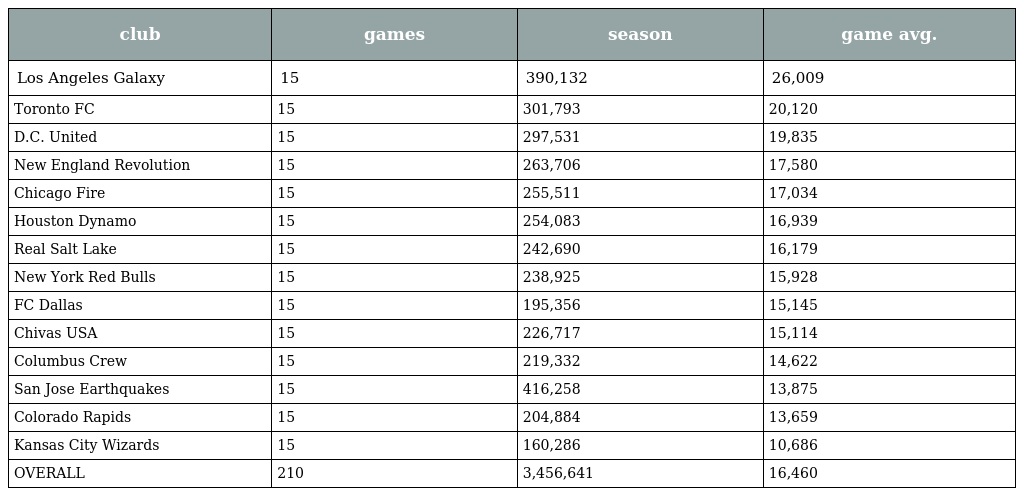
| club | games | season | game avg. |
 | --- | --- | --- | --- |
 | Los Angeles Galaxy | 15 | 390,132 | 26,009 |
 | Toronto FC | 15 | 301,793 | 20,120 |
 | D.C. United | 15 | 297,531 | 19,835 |
 | New England Revolution | 15 | 263,706 | 17,580 |
 | Chicago Fire | 15 | 255,511 | 17,034 |
 | Houston Dynamo | 15 | 254,083 | 16,939 |
 | Real Salt Lake | 15 | 242,690 | 16,179 |
 | New York Red Bulls | 15 | 238,925 | 15,928 |
 | FC Dallas | 15 | 195,356 | 15,145 |
 | Chivas USA | 15 | 226,717 | 15,114 |
 | Columbus Crew | 15 | 219,332 | 14,622 |
 | San Jose Earthquakes | 15 | 416,258 | 13,875 |
 | Colorado Rapids | 15 | 204,884 | 13,659 |
 | Kansas City Wizards | 15 | 160,286 | 10,686 |
 | OVERALL | 210 | 3,456,641 | 16,460 |